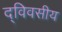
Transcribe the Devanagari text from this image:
द्विवसीय